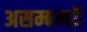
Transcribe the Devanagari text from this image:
असम्बन्धी